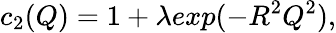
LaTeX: c_{2}(Q)=1+\lambda exp(-R^{2}Q^{2}),